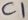
Text: C1